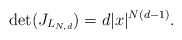
\begin{align*}\det(J_{L_{N,d}})=d|x|^{N\left( d-1\right) }. \end{align*}